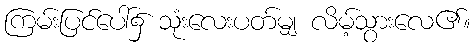
ကြမ်းပြင်ပေါ်၌ သုံးလေးပတ်မျှ လိမ့်သွားလေ၏။